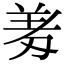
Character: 𭃱